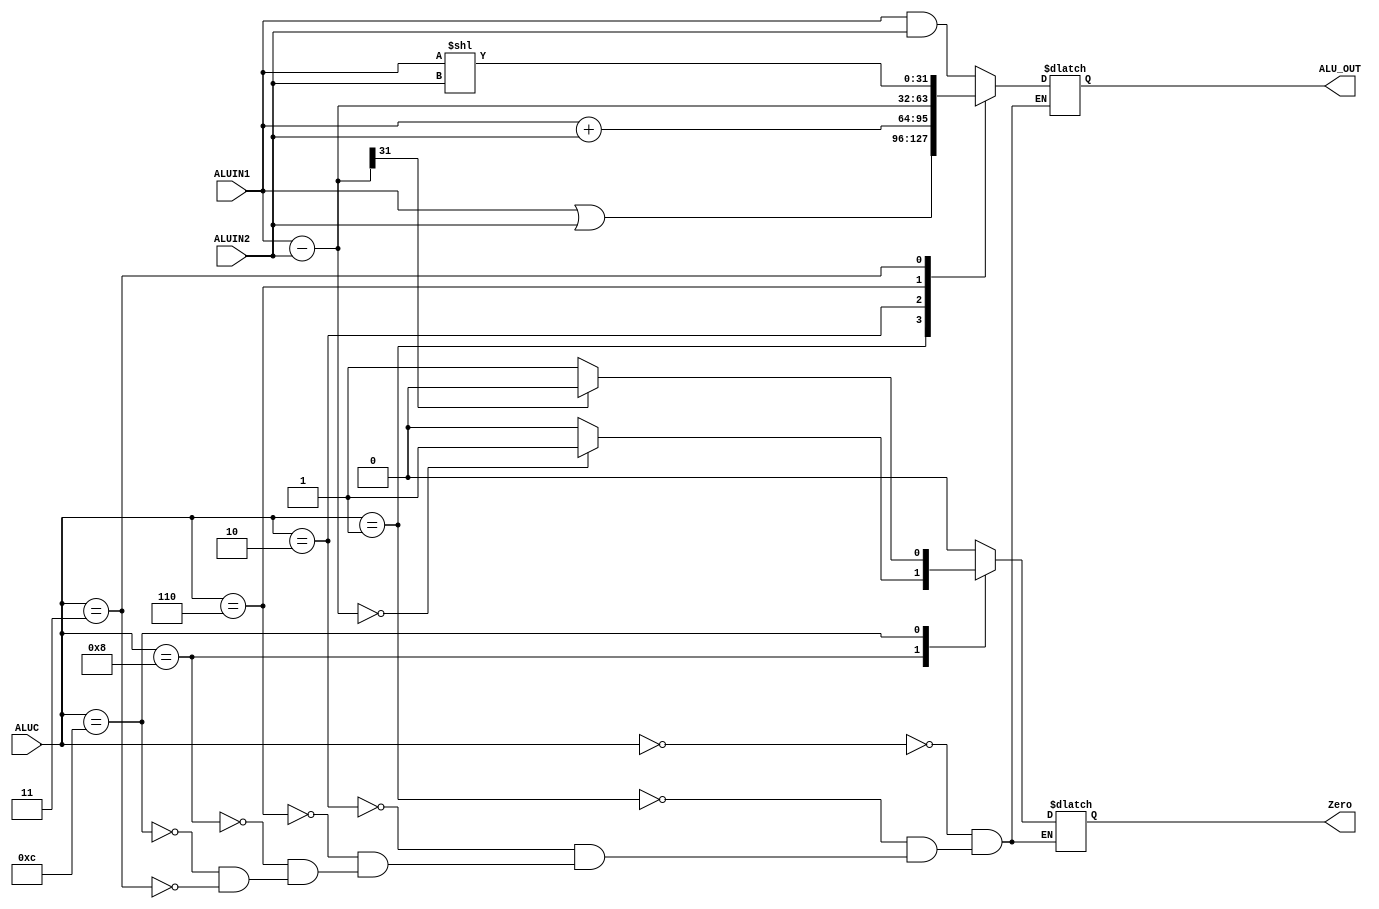
module ALU(ALUIN1, ALUIN2, ALUC, ALU_OUT, Zero);
    input [31:0] ALUIN1;
    input [31:0] ALUIN2;
    input [3:0] ALUC;
    output reg Zero;
    output reg [31:0] ALU_OUT;
    wire [31:0] temp;


    always @(*) begin
        case(ALUC)
            4'b0000:
            begin
                Zero = 0;
                ALU_OUT = ALUIN1 & ALUIN2;
            end
            4'b0001:begin
                Zero = 0;
                ALU_OUT = ALUIN1 | ALUIN2;
            end
            4'b0010:begin
                Zero = 0;
                ALU_OUT = ALUIN1 + ALUIN2;
            end
            4'b0110:begin
                Zero = 0;
                ALU_OUT = ALUIN1 - ALUIN2;
            end
            4'b1000:
            begin
                ALU_OUT = 32'bx;
                temp = ALUIN1 - ALUIN2;
                if (temp == 0) Zero = 1;
                else Zero = 0;
                $display("BEQ");
            end
            
            4'b1100: begin
                ALU_OUT = 32'bx;
                temp = ALUIN1 - ALUIN2;
                if (temp[31] == 0) Zero = 1;
                else Zero = 0;
                $display("Blt");
            end
            4'b0011: begin
                Zero = 0;
                ALU_OUT = ALUIN1 << ALUIN2;
            end
            default:;
        endcase
    end

    
endmodule